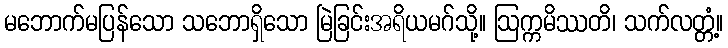
မဘောက်မပြန်သော သဘောရှိသော မြဲခြင်းအရိယမဂ်သို့။ ဩက္ကမိဿတိ၊ သက်လတ္တံ့။